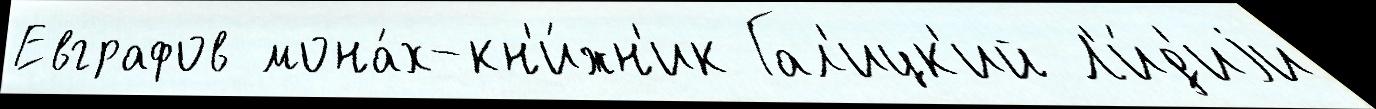
Евграфов мона́х-кн'и́жн'ик Гал'ицк'ий Л'и́д'иjи